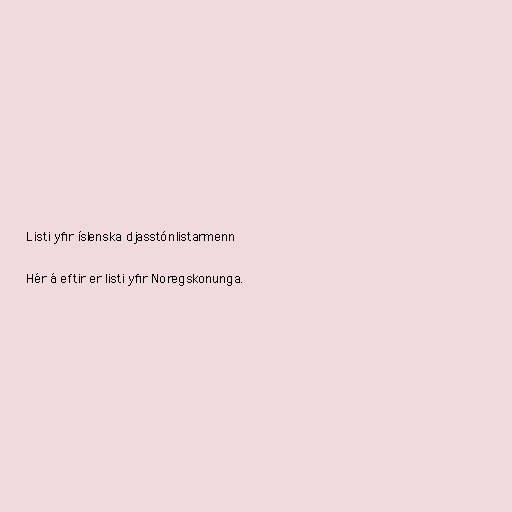
Listi yfir íslenska djasstónlistarmenn

Hér á eftir er listi yfir Noregskonunga.